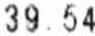
39.54